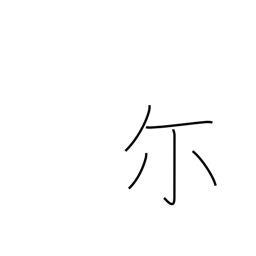
Meaning: you